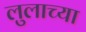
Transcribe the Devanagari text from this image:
लुलाच्या